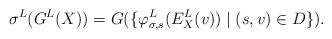
LaTeX: \begin{align*}\sigma^L(G^L(X)) = G(\{\varphi^L_{\sigma, s}(E^L_X(v)) \mid (s, v) \in D\}).\end{align*}